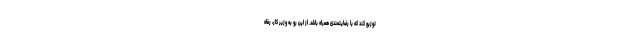
توزیع کند که با رضایتمندی همراه باشد. از این رو به وزیر کار، رفاه